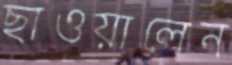
ছাওয়ালেন